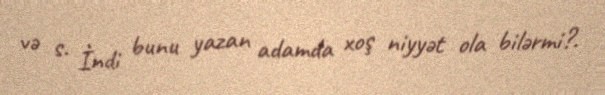
və s. İndi bunu yazan adamda xoş niyyət ola bilərmi?.